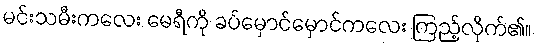
မင်းသမီးကလေး မေရီကို ခပ်မှောင်မှောင်ကလေး ကြည့်လိုက်၏။